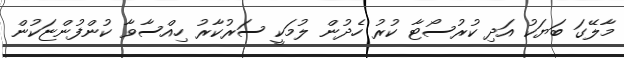
މާލޭގަ ބަޔަކު އަދި ކުރުސޯޓާ ކުރު ހެދުން ލުމަކީ ސަރުކާރު ހިއްސާވާ ކުންފުންޏަކުން